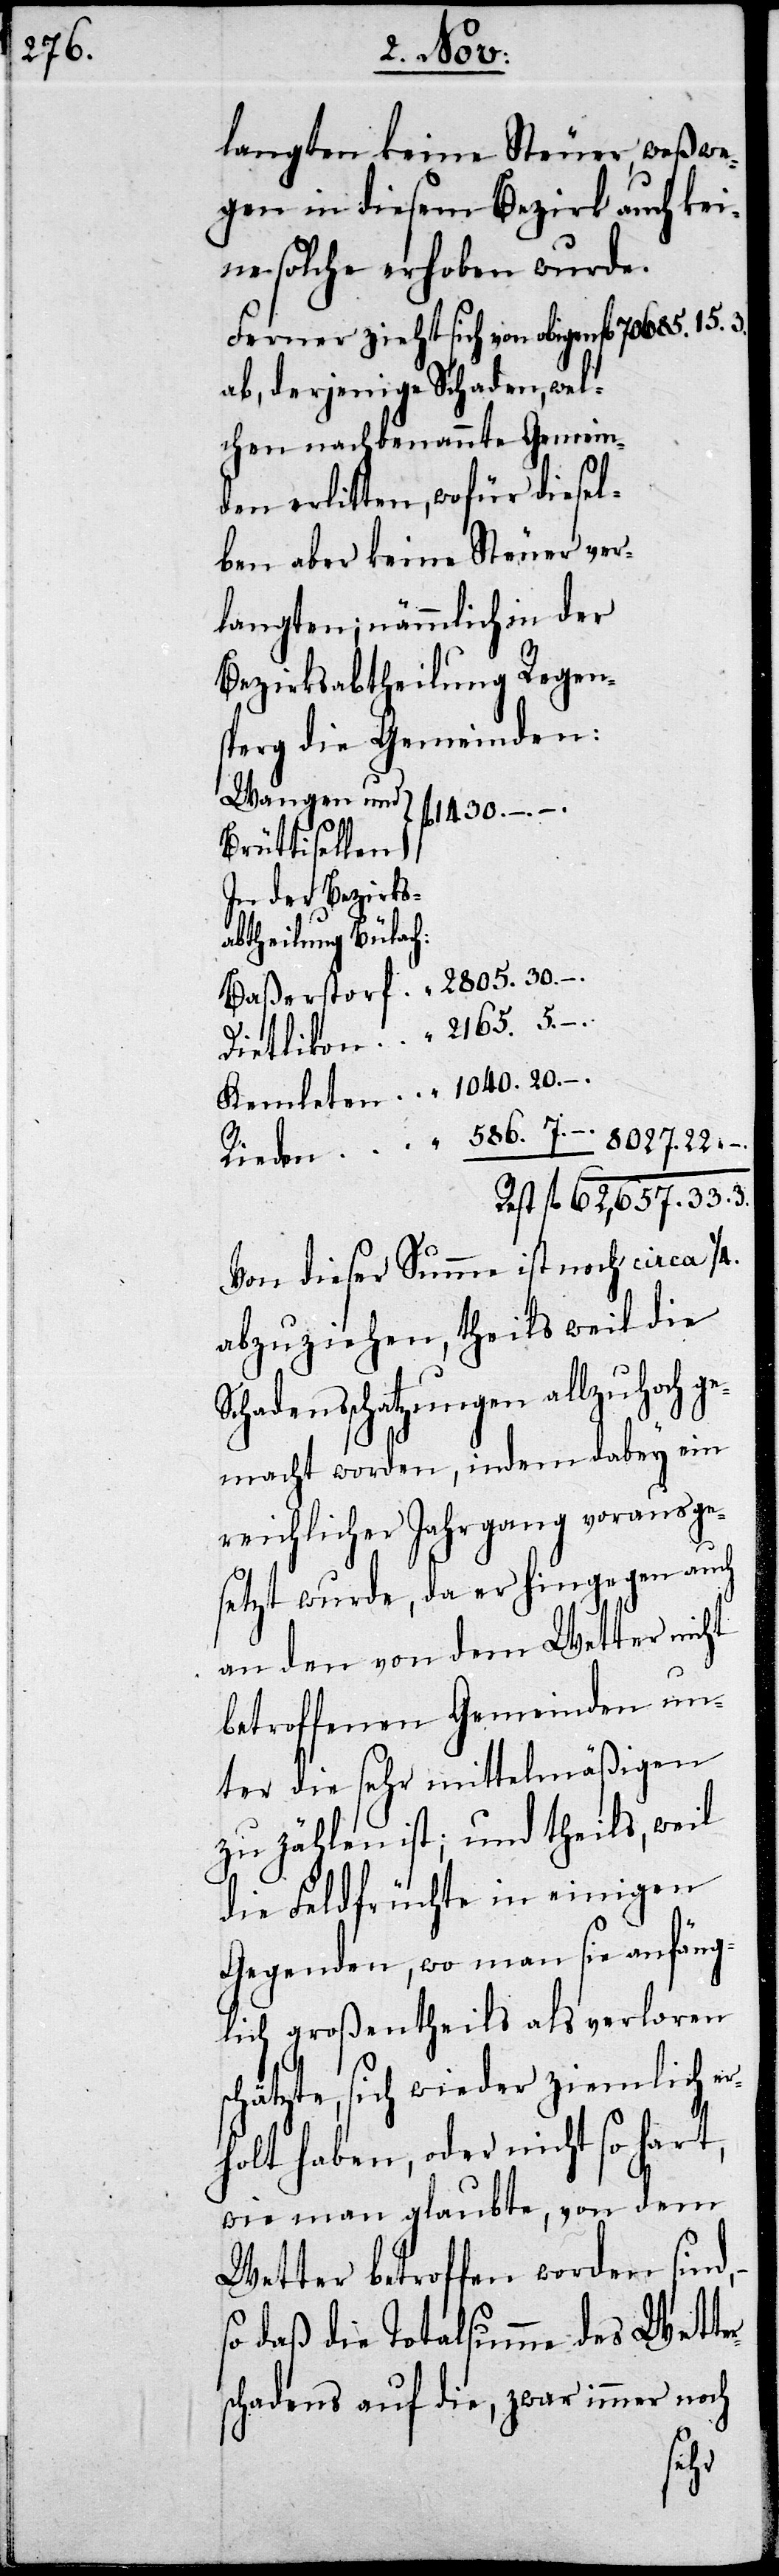
langten keine Steuer, weßwe¬
gen in diesem Bezirk auch kei¬
ne solche erhoben wurde.
Ferner zieht sich von obigen fl
ab, derjenige Schaden, wel¬
chen nachbenannte Gemei¬
nden erlitten, wofür diese¬
lben aber keine Steuer ver¬
langten; nämmlich in der
Bezirksabtheilung Regen¬
sperg die Gemeinden:
Wangen und
1430. –
In der Bezirks¬
abtheilung Bülac¬
Dietlikon 		„ 	2165.5. – .
Kemleten 		„ 	1040.20. – .
62,657.33.3.
Von dieser Summe ist noch ca. ¼.
abzuziehen, theils weil die
chadensschatzungen allzuhoch
macht worden, indem dabey ein
reichlicher Jahrgang vorausge¬
setzt wurde, da er hingegen auch
in den von dem Wetter nicht
betroffenen Gemeinden un¬
ter die sehr mittelmäßigen
zu zählen ist; und theils, weil
die Feldfrüchte in einigen
Gegenden, wo man sie anfäng¬
lich großentheils als verloren
schätzte, sich wieder ziemlich er¬
holt haben, oder nicht so hart,
wie man glaubte, von dem
Wetter betroffen worden sind,
so daß die Totalsumme des Wetter¬
schadens auf die, zwar immer noch
ge¬